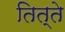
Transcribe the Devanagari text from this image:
तित्ते